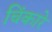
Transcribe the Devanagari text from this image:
चिंकारे